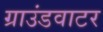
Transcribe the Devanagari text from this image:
ग्राउंडवाटर